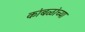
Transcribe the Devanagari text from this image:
कांबळांच्या